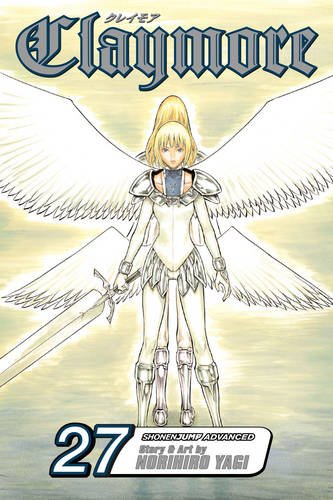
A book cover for Claymore, Vol. 27; Norihiro Yagi; Comics & Graphic Novels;